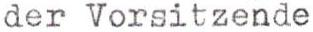
der Vorsitzende